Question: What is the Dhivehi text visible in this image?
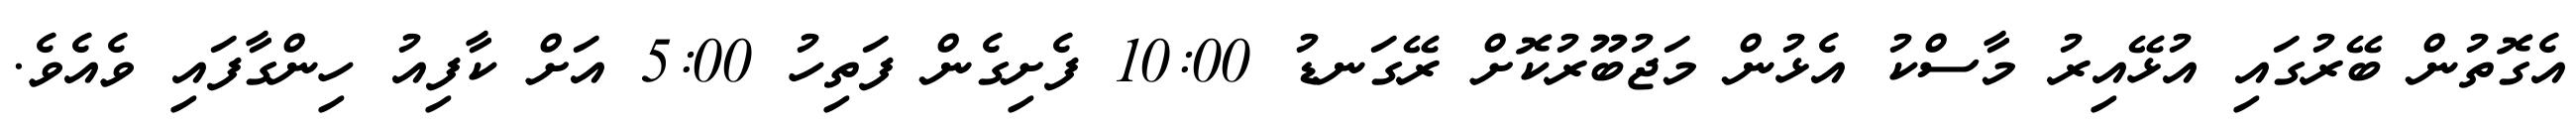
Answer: އެގޮތުން ބޭރުގައި އުޅޭއިރު މާސްކު އެޅުން މަޖުބޫރުކޮށް ރޭގަނޑު 10:00 ފެށިގެން ފަތިހު 5:00 އަށް ކާފިއު ހިންގާފައި ވެއެވެ.